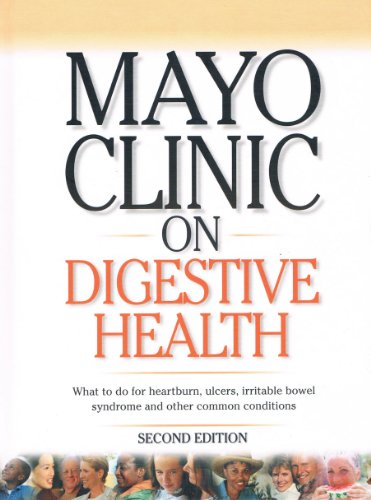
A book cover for Mayo Clinic on Digestive Health (What to do for heart burn, ulcers, irriable bowel syndrome and other common conditions, Second Edition); M.D. John King; Health, Fitness & Dieting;